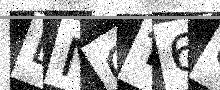
Text: LNGT60